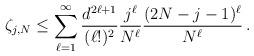
LaTeX: \begin{align*}\zeta_{j,N}&\le \sum_{\substack{\ell=1}}^{\infty}\frac{d^{2\ell+1}}{(\ell!)^2} \frac{ j^\ell}{N^\ell} \frac{(2N-j-1)^\ell}{N^\ell} \,.\end{align*}